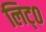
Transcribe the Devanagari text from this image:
लिट्०